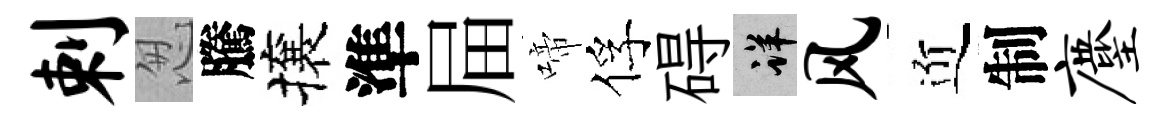
剌怱騰攘準屇啼俘碍详风近制麈